Civil Veterinary Department Bengal reports 1933-51 - 1933-1951
Year: 1933
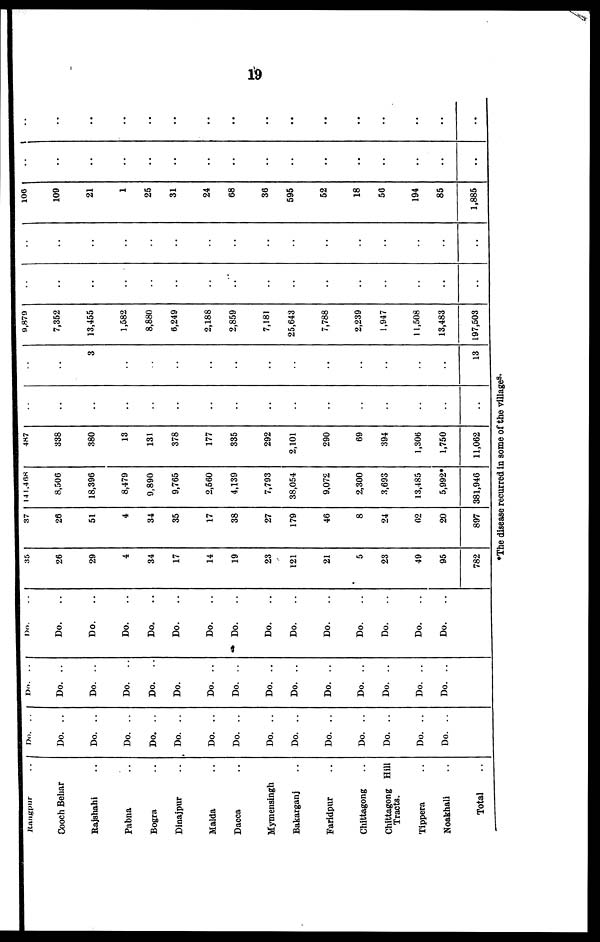
19
Rangpur ..
Cooch Behar
Rajshahi ..
Pabna ..
Bogra ..
Dinajpur ..
Malda ..
Dacca
Mymensingh
Bakarganj ..
Faridpur ..
Chittagong ..
Chittagong Hill
Tracts.
Tippera ..
Noakhali ..
Total ..
Do.
Do. ..
Do. ..
Do. ..
Do. ..
Do. ..
Do. ..
Do. ..
Do. ..
Do. ..
Do. ..
Do. ..
Do. ..
Do. ..
Do. ..
Do.
..
Do. ..
Do. ..
Do.
..
Do.
..
Do. ..
Do. ..
Do. ..
Do. ..
Do. ..
Do. ..
Do. ..
Do. ..
Do. ..
Do. ..
Do. ..
Do. ..
Do. ..
Do. ..
Do. ..
Do. ..
Do. ..
Do. ..
Do. ..
Do. ..
Do. ..
Do. ..
Do. ..
Do. ..
Do. ..
35
26
29
4
34
17
14
19
23
121
21
5
23
49
95
782
37
26
51
4
34
35
17
38
27
179
46
8
24
62
20
897
141,468
8,506
18,396
8,479
9,890
9,765
2,560
4,139
7,793
38,054
9,072
2,300
3,693
13,485
5,992*
381,946
487
338
380
13
131
378
177
335
292
2,101
290
69
394
1,306
1,750
11,062
..
..
..
..
..
..
..
..
..
..
..
..
..
..
..
..
..
..
3
..
..
..
..
..
..
..
..
..
..
..
..
13
9,879
7,352
13,455
1,582
8,880
6,249
2,188
2,859
7,181
25,643
7,788
2,239
1,947
11,508
13,483
197,503
..
..
..
..
..
..
..
..
..
..
..
..
..
..
..
..
..
..
..
..
..
..
..
..
..
..
..
..
..
..
..
..
106
109
21
1
25
31
24
68
36
595
52
18
56
194
85
1,885
..
..
..
..
..
..
..
..
..
..
..
..
..
..
..
..
..
..
..
..
..
..
..
..
..
..
..
..
..
..
..
..
*The disease recurred in some of the villages.